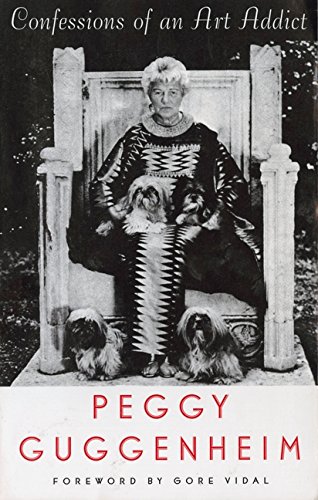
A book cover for Confessions Of an Art Addict; Peggy Guggenheim; Crafts, Hobbies & Home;